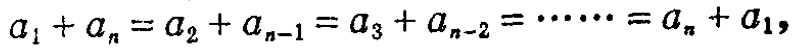
\(a_{1}+a_{n}=a_{2}+a_{n - 1}=a_{3}+a_{n - 2}=\cdots\cdots=a_{n}+a_{1}\)